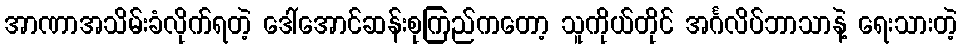
အာဏာအသိမ်းခံလိုက်ရတဲ့ ဒေါ်အောင်ဆန်းစုကြည်ကတော့ သူကိုယ်တိုင် အင်္ဂလိပ်ဘာသာနဲ့ ရေးသားတဲ့